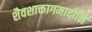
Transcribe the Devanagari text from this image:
शैवशाक्तागमादीनि